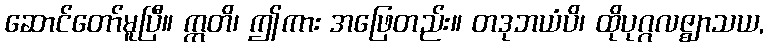
ဆောင်တော်မူပြီ။ ဣတိ၊ ဤကား အဖြေတည်း။ တဒုဘယံပိ၊ ထိုပုဂ္ဂလဇ္ဈာသယ,